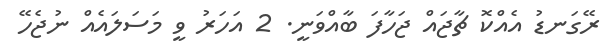
ރޭގަނޑު އެއްކޮ ޗާޖައް ޖަހާފަ ބާއްވަނީ. 2 އަހަރު ވީ މަސަލައެއް ނުޖެހޭ